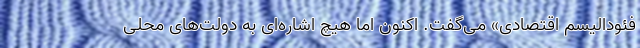
فئودالیسم اقتصادی» می‌گفت. اکنون اما هیچ اشاره‌ای به دولت‌های محلی